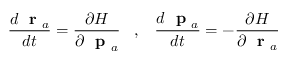
\frac { d \mathrm { ~ \bf ~ r ~ } _ { a } } { d t } = \frac { \partial H } { \partial \mathrm { ~ \bf ~ p ~ } _ { a } } \; \; \; , \; \; \; \frac { d \mathrm { ~ \bf ~ p ~ } _ { a } } { d t } = - \frac { \partial H } { \partial \mathrm { ~ \bf ~ r ~ } _ { a } }